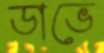
ডাভে